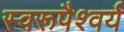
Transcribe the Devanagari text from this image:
स्वरूपैश्वर्य